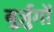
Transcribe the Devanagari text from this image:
बुर्ज़ुगों